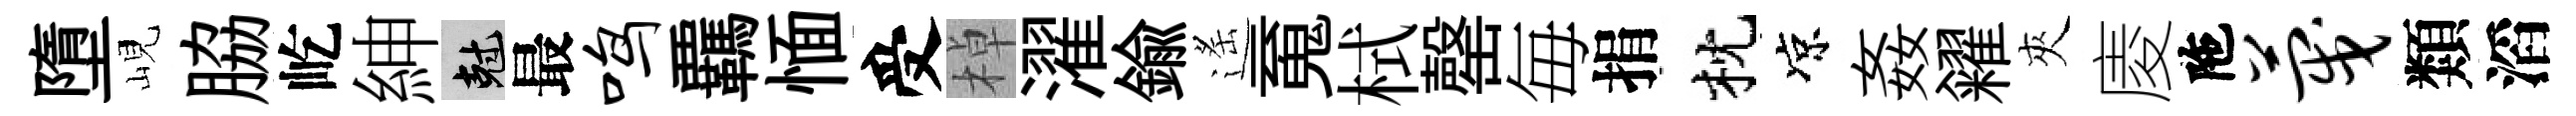
墮峴脇屹紳剋最鸣覊愐受棹濯鍮遙䰟栻罄毎捐枕凉姦糴夾庱陁蔑類滔